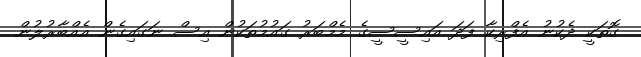
ގޮތަކީ ދެކުނު އެފްރިކާ ފަދަ އައިސީސީގެ މެމްބަރު ގައުމުތަކުން އިސް ނަގައިގެން އެއްބާރުލުން